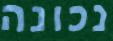
נכונה